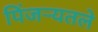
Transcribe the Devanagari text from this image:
पिंजर्‍यतले